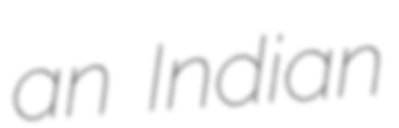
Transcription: an Indian